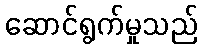
ဆောင်ရွက်မှုသည်